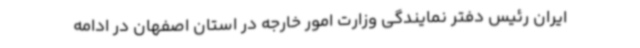
ایران رئیس دفتر نمایندگی وزارت امور خارجه در استان اصفهان در ادامه